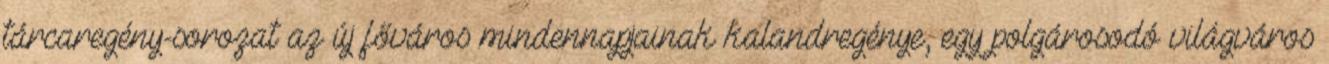
tárcaregény-sorozat az új főváros mindennapjainak kalandregénye, egy polgárosodó világváros